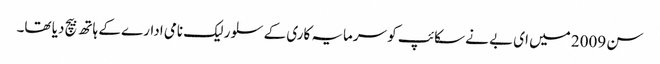
سن 2009 میں ای بے نے سکائپ کو سرمایہ کاری کے سلور لیک نامی ادارے کے ہاتھ بیچ دیا تھا۔